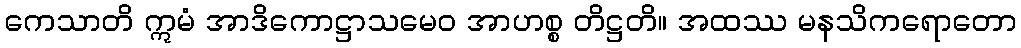
ကေသာတိ ဣမံ အာဒိကောဋ္ဌာသမေဝ အာဟစ္စ တိဋ္ဌတိ။ အထဿ မနသိကရောတော